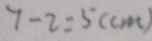
7 - 2 = 5 ( c m )